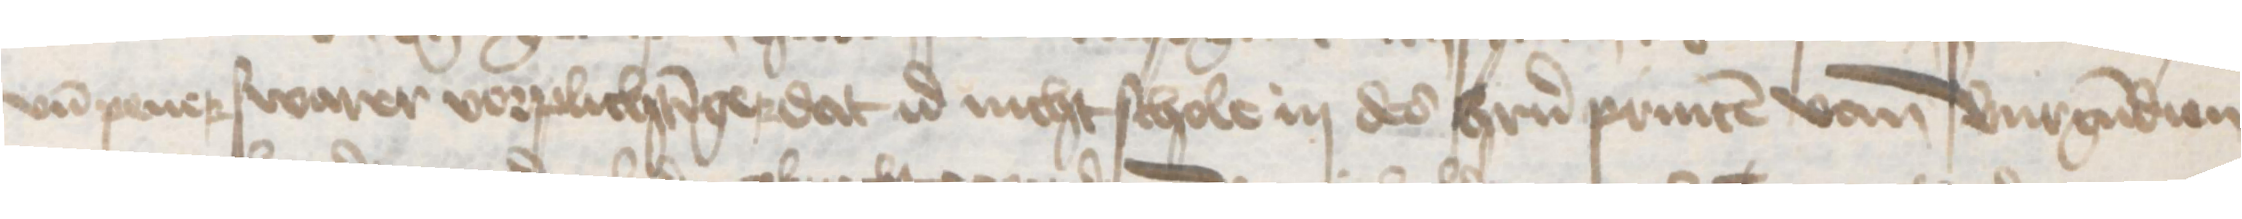
vnd pener swarer vorplichtinger dat id nicht schole in des herrn princen van Burgundien